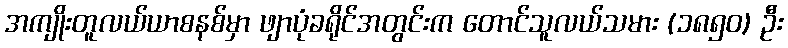
အကျိုးတူလယ်ယာစနစ်မှာ ဖျာပုံခရိုင်အတွင်းက တောင်သူလယ်သမား (၁၈၅၀) ဦး